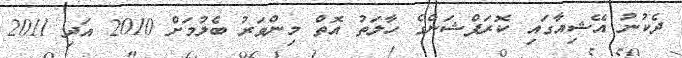
ދެކުނު އޭޝިއާގައި ކޮރަޕްޝަންގެ ހާލަތު އޮތް މިންވަރު ބެލުމަށް 2010 އަދި 2011